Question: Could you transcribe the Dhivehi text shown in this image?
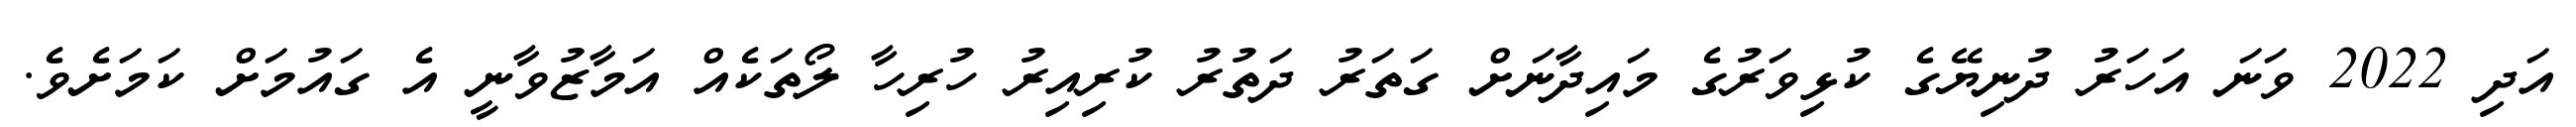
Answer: އަދި 2022 ވަނަ އަހަރު ދުނިޔޭގެ ކުޅިވަރުގެ މައިދާނަށް ގަތަރު ދަތުރު ކުރިއިރު ހުރިހާ ލޯތަކެއް އަމާޒުވާނީ އެ ގައުމަށް ކަމަށެވެ.